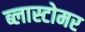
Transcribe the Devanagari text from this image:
ब्लास्टोमर